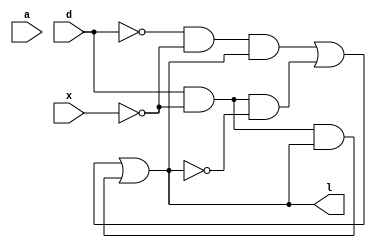
module logiccrc(
input d,
input x,
input a,
output l
);
assign l= ~d&~x&l | d&~x&~l | d&~x&l;
endmodule

`timescale 1ns/1ps

module logiccrc_tb;
reg D;
reg X;
reg A;
wire L;
logiccrc uut(
.d(D),
.x(X),
.a(A),
.l(L)
);

initial begin
    D=0;X=0;A=0;#10;
    D=0;X=0;A=1;#10;
    D=0;X=1;A=0;#10;   
    D=0;X=1;A=1;#10;
    D=1;X=0;A=0;#10;
    D=1;X=0;A=1;#10; 
    D=1;X=1;A=0;#10;
    D=1;X=1;A=1;#10;
end 
initial begin
    $monitor("%b %b %b  %b\n",D,X,A,L);
end 

endmodule